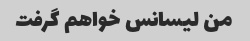
من لیسانس خواهم گرفت